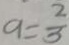
a = \frac { 2 } { 3 }